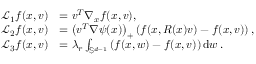
\begin{array} { r l } { \mathcal { L } _ { 1 } f ( x , v ) } & { = v ^ { T } \nabla _ { x } f ( x , v ) , } \\ { \mathcal { L } _ { 2 } f ( x , v ) } & { = \left( v ^ { T } \nabla \psi ( x ) \right) _ { + } \left( f ( x , R ( x ) v ) - f ( x , v ) \right) , } \\ { \mathcal { L } _ { 3 } f ( x , v ) } & { = \lambda _ { r } \int _ { \mathbb S ^ { d - 1 } } \left( f ( x , w ) - f ( x , v ) \right) \mathrm { d } w \, . } \end{array}